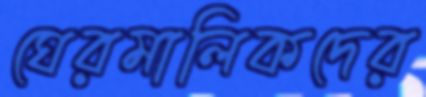
ঘেরমালিকদের